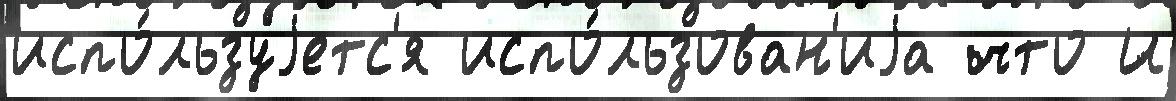
испо́льзуjетс'я испо́льзован'иjа что И